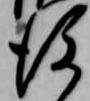
後